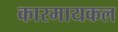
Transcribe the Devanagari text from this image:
कारमायकल